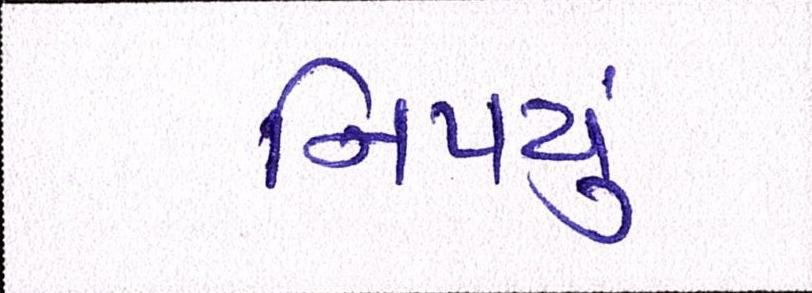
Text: નિપયું